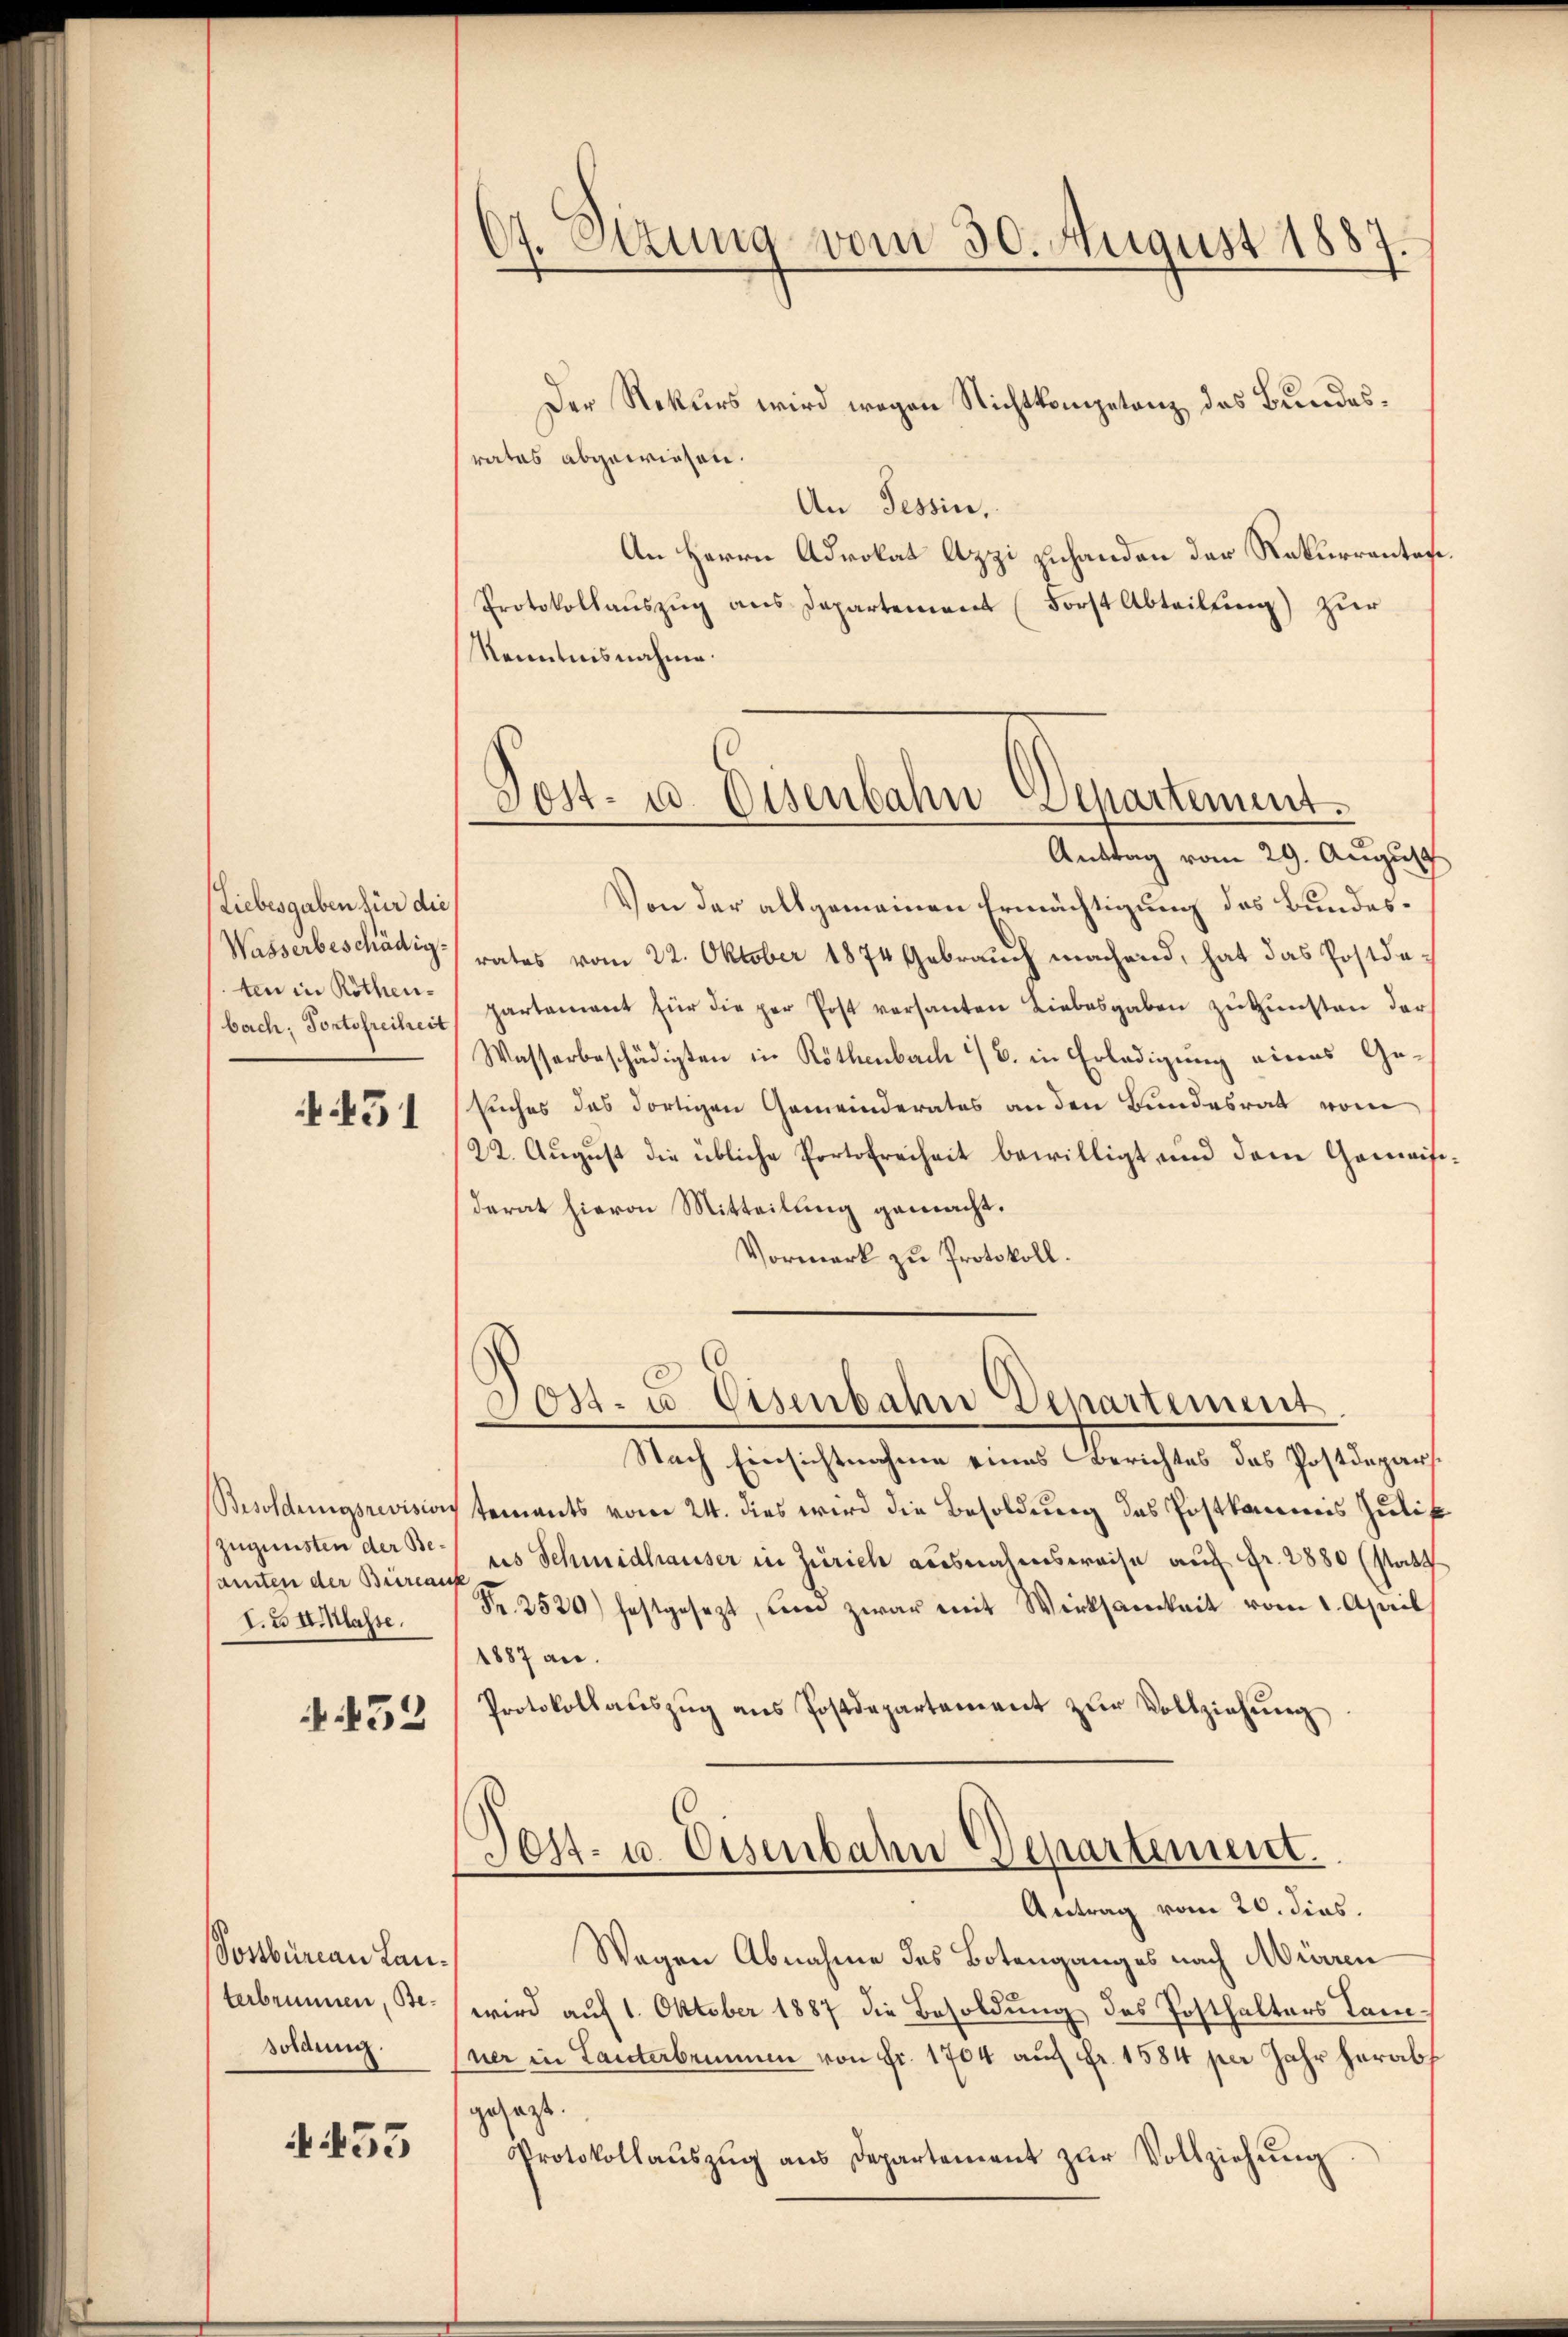
Liebesgaben für die
Wasserbeschädig.
ten in Röthenbach, Fortsfreiheit

51

Besoldungsrevision
zugunsten der Beamten der Büreas
I.3 4 Klasse.

.452

Postbureau Lauterbrunnen, Besohanni.

453

Otzung vom 30. August 1887
d

Der Rekurs wird wegen Nichtkompetenz des Bundesrates abgewiesen.
An Tessin,
An Herrn Advokat Azzi zuhanden der Rekurrentes.
Protokollauszug aus Departement (Forst Abteilung) zur
Kenntnisnahme.
Antrag vom 29. August
Von der allgemeinen Ermächtigung des Bundesrates vom 22. Oktober 1874 Gebrauch machend, hat das Postdepartament für die per Post versanten Liebesgaben zŭ ŭnsten der
Wasserbeschädigten in Röthenbach 1/6. in Erledigung eines Ge-
suches das dortigen Gemeinderates an den Bundesrat vom
22. August die übliche Portofreiheit bewilligt und dem Gemeisiderat hievon Mitteilung gemacht.
Vormerk zu Protokoll.
Jos. u. Eisenbahn Departement
Nach Einsichtnahme eines Berichtes das Postdeparstements vom 24. dies wird die Besoldung des Postkommis Julik
us Schmidhäuser in Zürich ausnahmsweise auf Fr. 2880 (statt
Fr. 2520) festgesezt, wenn zwar mit Wirksamkeit vom 1. Aprill
1887 an.
Protokollauszug aus Postdepartement zur Vollziehung
Sost- u. Eisenbahn Departement.
Antrag vom 20. dies.
Wagen Abnahme des Botenganges nach Mürren
wird auf 1. Oktober 1887 die Besoldung des Posthalters Tan¬
Euer in Lanterbrinum von Fr. 1704 auf Fr. 1584 per Jahr herabs
gesagt.
Protokollaŭszŭg ans Departement zŭr Vollziehŭng

Post- u. Osenbahn-Apartement.